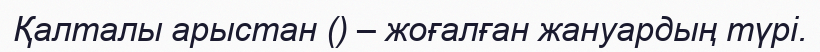
Қалталы арыстан () – жоғалған жануардың түрі.